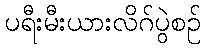
ပရီးမီးယားလိဂ်ပွဲစဉ်